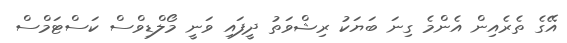
އޭގެ ތެރެއިން އެންމެ ގިނަ ބަޔަކު ރިޝްވަތު ދީފައި ވަނީ މޯލްޑިވްސް ކަސްޓަމްސް